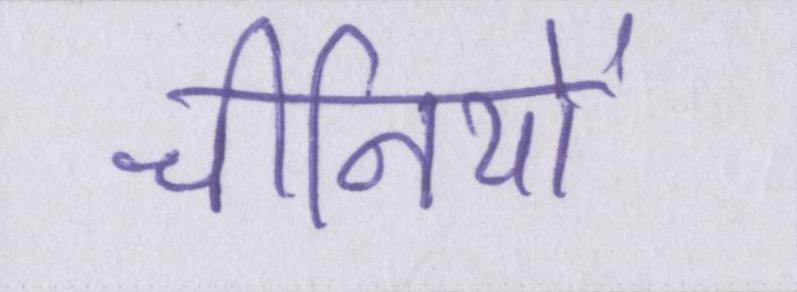
चीनियों